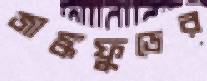
জাঙ্কফুডের